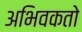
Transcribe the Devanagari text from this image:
अभिवकतो